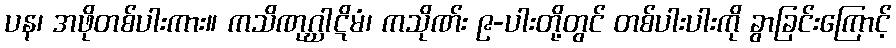
ပန၊ အဖိုတစ်ပါးကား။ ကသိဏုဂ္ဃါဋိမံ၊ ကသိုဏ်း ၉-ပါးတို့တွင် တစ်ပါးပါးကို ခွာခြင်းကြောင့်